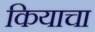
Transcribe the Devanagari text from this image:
कियाचा